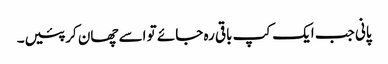
پانی جب ایک کپ باقی رہ جائے تو اسے چھان کر پئیں۔